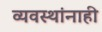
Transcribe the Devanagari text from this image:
व्यवस्थांनाही